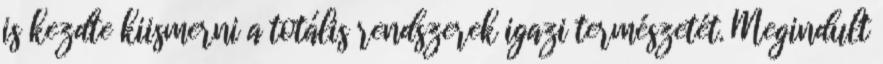
is kezdte kiismerni a totális rendszerek igazi természetét. Megindult